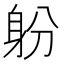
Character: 躮